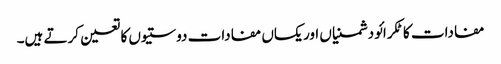
مفادات کا ٹکرائو دشمنیاں اور یکساں مفادات دوستیوں کا تعین کرتے ہیں۔